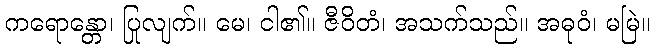
ကရောန္တော၊ ပြုလျက်။ မေ၊ ငါ၏။ ဇီဝိတံ၊ အသက်သည်။ အဓုဝံ၊ မမြဲ။